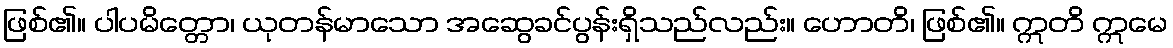
ဖြစ်၏။ ပါပမိတ္တော၊ ယုတန်မာသော အဆွေခင်ပွန်းရှိသည်လည်း။ ဟောတိ၊ ဖြစ်၏။ ဣတိ ဣမေ